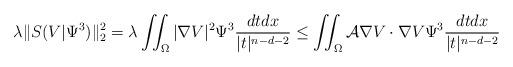
LaTeX: \begin{align*} \lambda\|S(V|\Psi^3)\|^2_{2}=\lambda\iint_\Omega |\nabla V|^2\Psi^3\frac{dtdx}{|t|^{n-d-2}}\leq \iint_\Omega \mathcal{A}\nabla V \cdot \nabla V \Psi^3\frac{dtdx}{|t|^{n-d-2}}\end{align*}